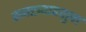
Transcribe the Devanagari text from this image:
तनख्वाहशुदा